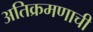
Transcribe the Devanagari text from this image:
अतिक्रमणाची